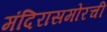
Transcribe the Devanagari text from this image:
मंदिरासमोरची